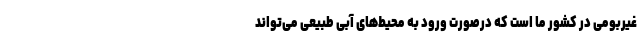
غیربومی در کشور ما است که درصورت ورود به محیط‌های آبی طبیعی می‌تواند